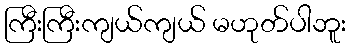
ကြီးကြီးကျယ်ကျယ် မဟုတ်ပါဘူး